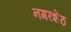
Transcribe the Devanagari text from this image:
नगरशेठ